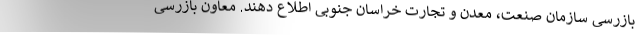
بازرسی سازمان صنعت، معدن و تجارت خراسان جنوبی اطلاع دهند. معاون بازرسی